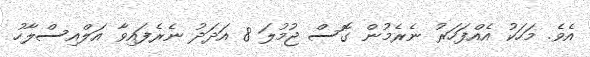
އެވެ. މަހަކު އެއްފަހަރު ނެރެމުން ގޮސް ޖުމުލަ 8 އަދަދު ނެރެފައިވާ އަލްއިސްލާހު